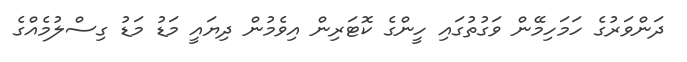
ދަންވަރުގެ ހަމަހިމޭން ވަގުތުގައި ހީންގެ ކޮޓަރިން އިވެމުން ދިޔައީ މަޑު މަޑު ގިސްލުމެއްގެ